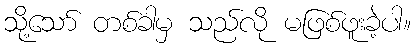
သို့သော် တစ်ခါမှ သည်လို မဖြစ်ဖူးခဲ့ပါ။